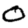
Digit: 0